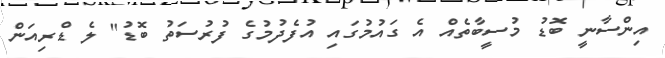
އިންސާނީ ބޮޑު މުސީބާތެއް އެ ގައުމުގައި އުފެދުމުގެ ފުރުސަތު ބޮޑު" ލެ ޑްރިއަން